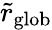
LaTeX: \tilde{r}_{\mathrm{glob}}